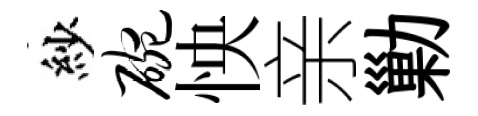
紗碗怏亲勦